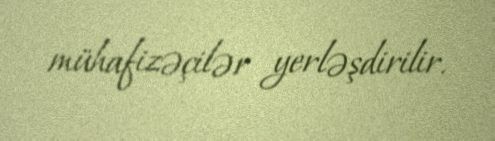
mühafizəçilər yerləşdirilir.